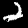
Label: 2